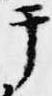
テ